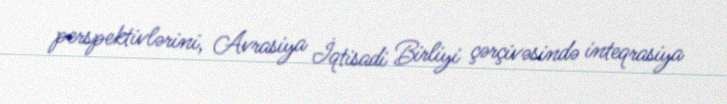
perspektivlərini, Avrasiya İqtisadi Birliyi çərçivəsində inteqrasiya